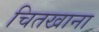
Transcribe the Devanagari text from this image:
चितखाना